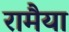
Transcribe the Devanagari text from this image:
रामैया